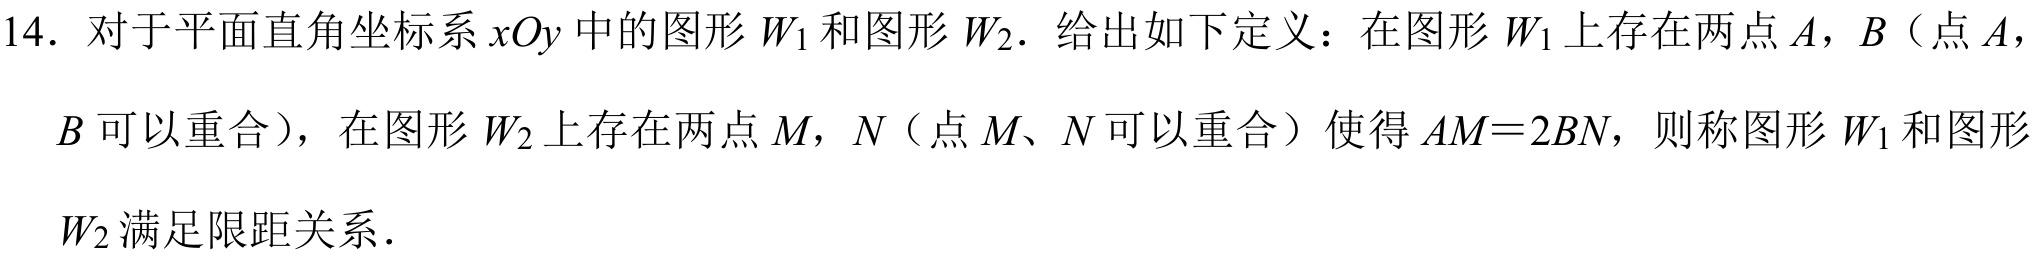
14. 对于平面直角坐标系 \(xOy\) 中的图形 \(W_{1}\) 和图形 \(W_{2}\). 给出如下定义：在图形 \(W_{1}\) 上存在两点 \(A\)，\(B\)（点 \(A\)，
\(B\) 可以重合），在图形 \(W_{2}\) 上存在两点 \(M\)，\(N\)（点 \(M\)、\(N\) 可以重合）使得 \(AM = 2BN\)，则称图形 \(W_{1}\) 和图形
\(W_{2}\) 满足限距关系.